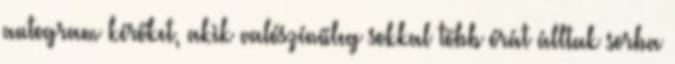
autogram kérőket, akik valószínűleg sokkal több órát álltak sorba